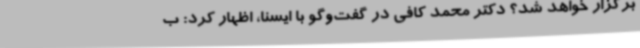
برگزار خواهد شد؟ دکتر محمد کافی در گفت‌وگو با ایسنا، اظهار کرد: ب